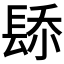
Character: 𨲁